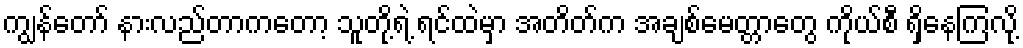
ကျွန်တော် နားလည်တာကတော့ သူတို့ရဲ့ ရင်ထဲမှာ အတိတ်က အချစ်မေတ္တာတွေ ကိုယ်စီ ရှိနေကြလို့